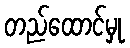
တည်ထောင်မှု